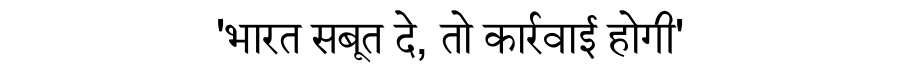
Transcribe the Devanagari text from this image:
'भारत सबूत दे, तो कार्रवाई होगी'